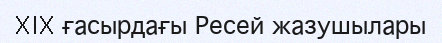
XIX ғасырдағы Ресей жазушылары